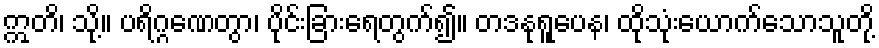
ဣတိ၊ သို့။ ပရိဂ္ဂဏေတွာ၊ ပိုင်းခြားရေတွက်၍။ တဒနုရူပေန၊ ထိုသုံးယောက်သောသူတို့